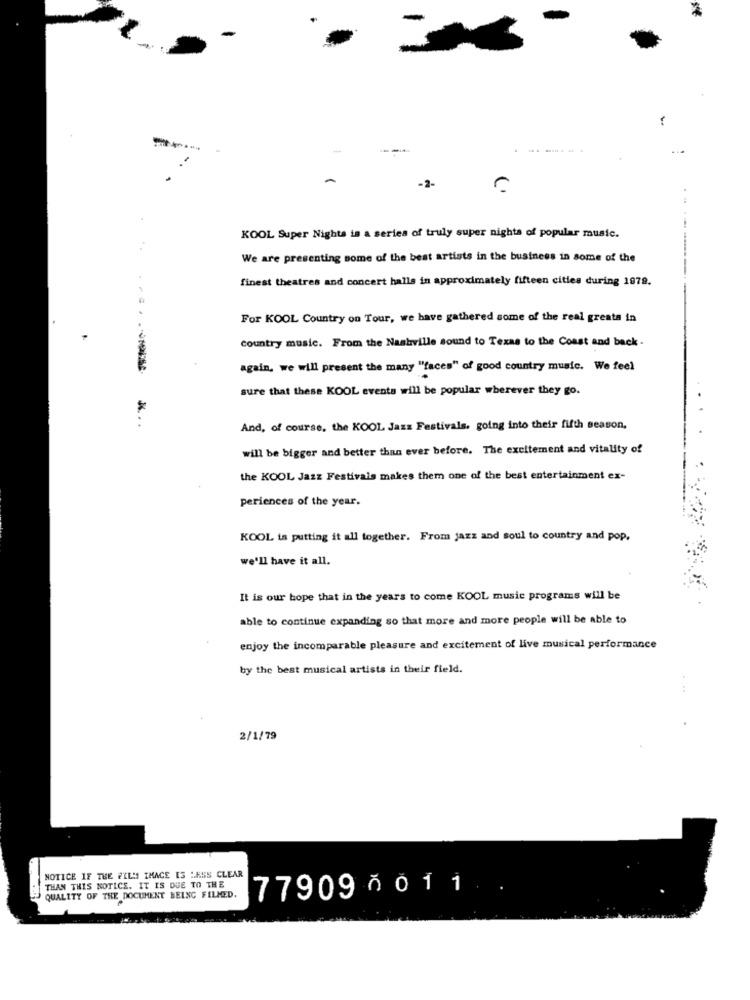
-2-
KOOL Super Nights is a series of truly super nights of popular music.
----
We are presenting some of the best artists in the business in some of the
finest theatres and concert halls in approximately fifteen cities during 1979.
For KOOL Country on Tour, we have gathered some of the real greata in
country music. From the Nashville sound to Texas to the Coast and back.
again, we will present the many "faces" of good country music. We feel
sure that these KOOL events will be popular wherever they go.
.. . .
And, of course, the KOOL Jazz Festivals, going into their fifth season,
will be bigger and better than ever before. The excitement and vitality of
the KOOL Jazz Festivals makes them one of the best entertainment ex-
periences of the year.
KOOL is putting it all together. From jazz and soul to country and pop.
we'll have it all.
It is our hope that in the years to come KOOL music programs will be
able to continue expanding so that more and more people will be able to
enjoy the incomparable pleasure and excitement of live musical performance
by the best musical artists in their field.
2/1/79
NOTICE IF THE FILS IHACE 13 :KSS CLEAR
THAN THIS NOTICE. IT IS DUE TO THE
77909 0 01 1
QUALITY OF THE DOCUMENT BEING FILMED.